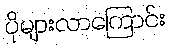
ပိုများလာကြောင်း